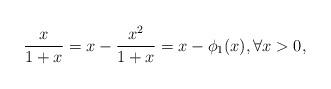
LaTeX: \begin{align*} \frac{x}{1+x} = x - \frac{x^2}{1+x} = x - \phi_1(x), \forall x > 0,\end{align*}